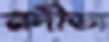
নদীডা